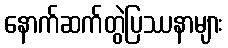
နောက်ဆက်တွဲပြဿနာများ